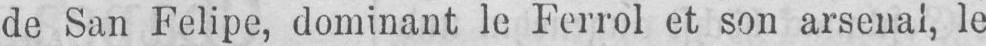
de San Felipe, dominant le Ferrol et son arsenal, le